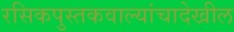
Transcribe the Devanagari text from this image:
रसिकपुस्तकवाल्यांचादेखील